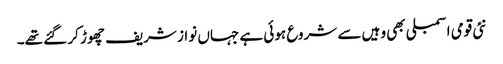
نئی قومی اسمبلی بھی وہیں سے شروع ہوئی ہے جہاں نواز شریف چھوڑ کر گئے تھے۔